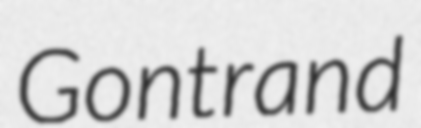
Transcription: Gontrand